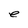
Character: e